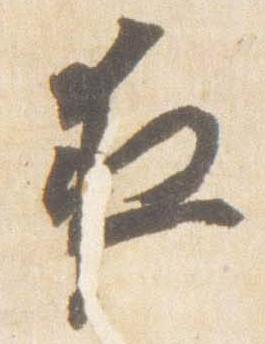
夜